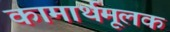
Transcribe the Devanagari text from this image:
कामार्थमूलक